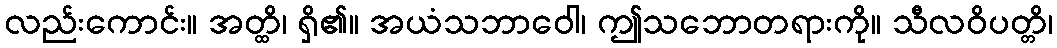
လည်းကောင်း။ အတ္ထိ၊ ရှိ၏။ အယံသဘာဝေါ၊ ဤသဘောတရားကို။ သီလဝိပတ္တိ၊